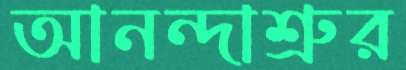
আনন্দাশ্রুর